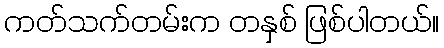
ကတ်သက်တမ်းက တနှစ် ဖြစ်ပါတယ်။